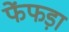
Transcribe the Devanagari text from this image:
फेंफड़ा